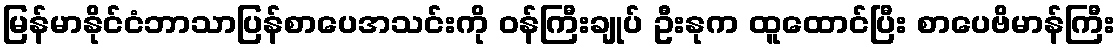
မြန်မာနိုင်ငံဘာသာပြန်စာပေအသင်းကို ဝန်ကြီးချုပ် ဦးနုက ထူထောင်ပြီး စာပေဗိမာန်ကြီး